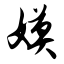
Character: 嫫